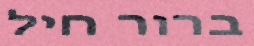
ברור חיל